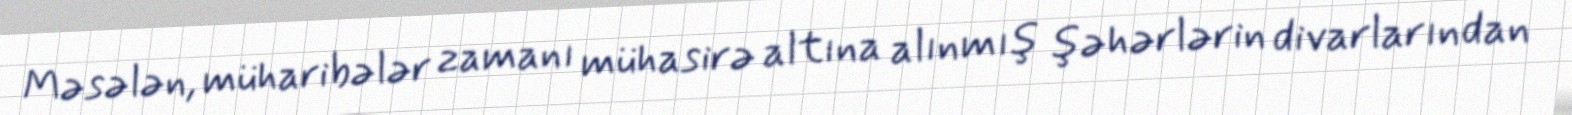
Məsələn, müharibələr zamanı mühasirə altına alınmış şəhərlərin divarlarından